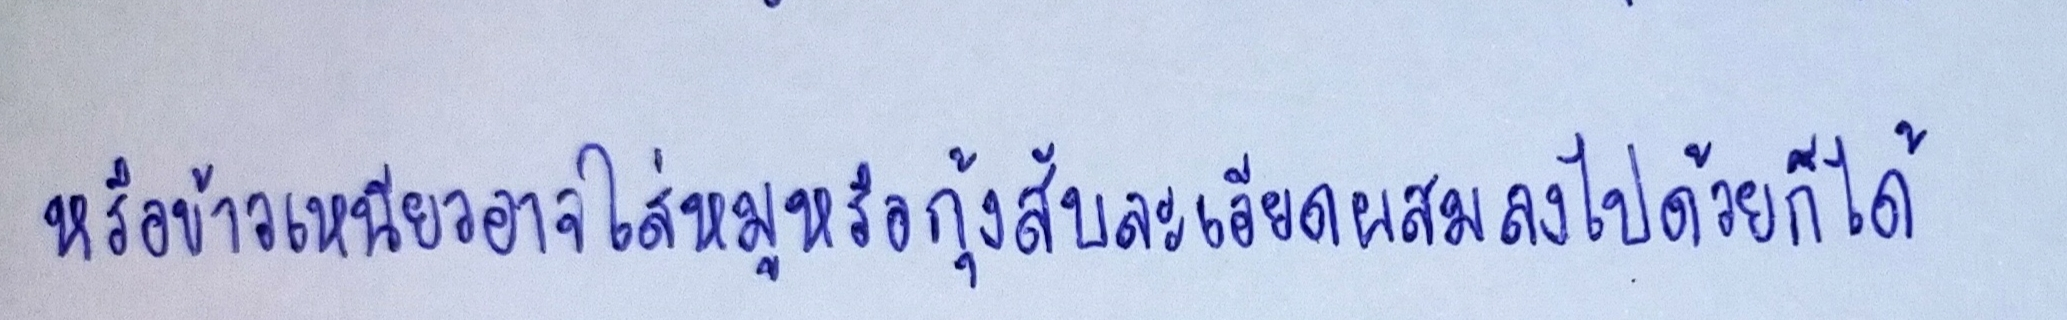
หรือข้าวเหนียวอาจใส่หมูหรือกุ้งสับละเอียดผสมลงไปด้วยก็ได้